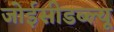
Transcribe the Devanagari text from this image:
जोईसीडब्ल्यू